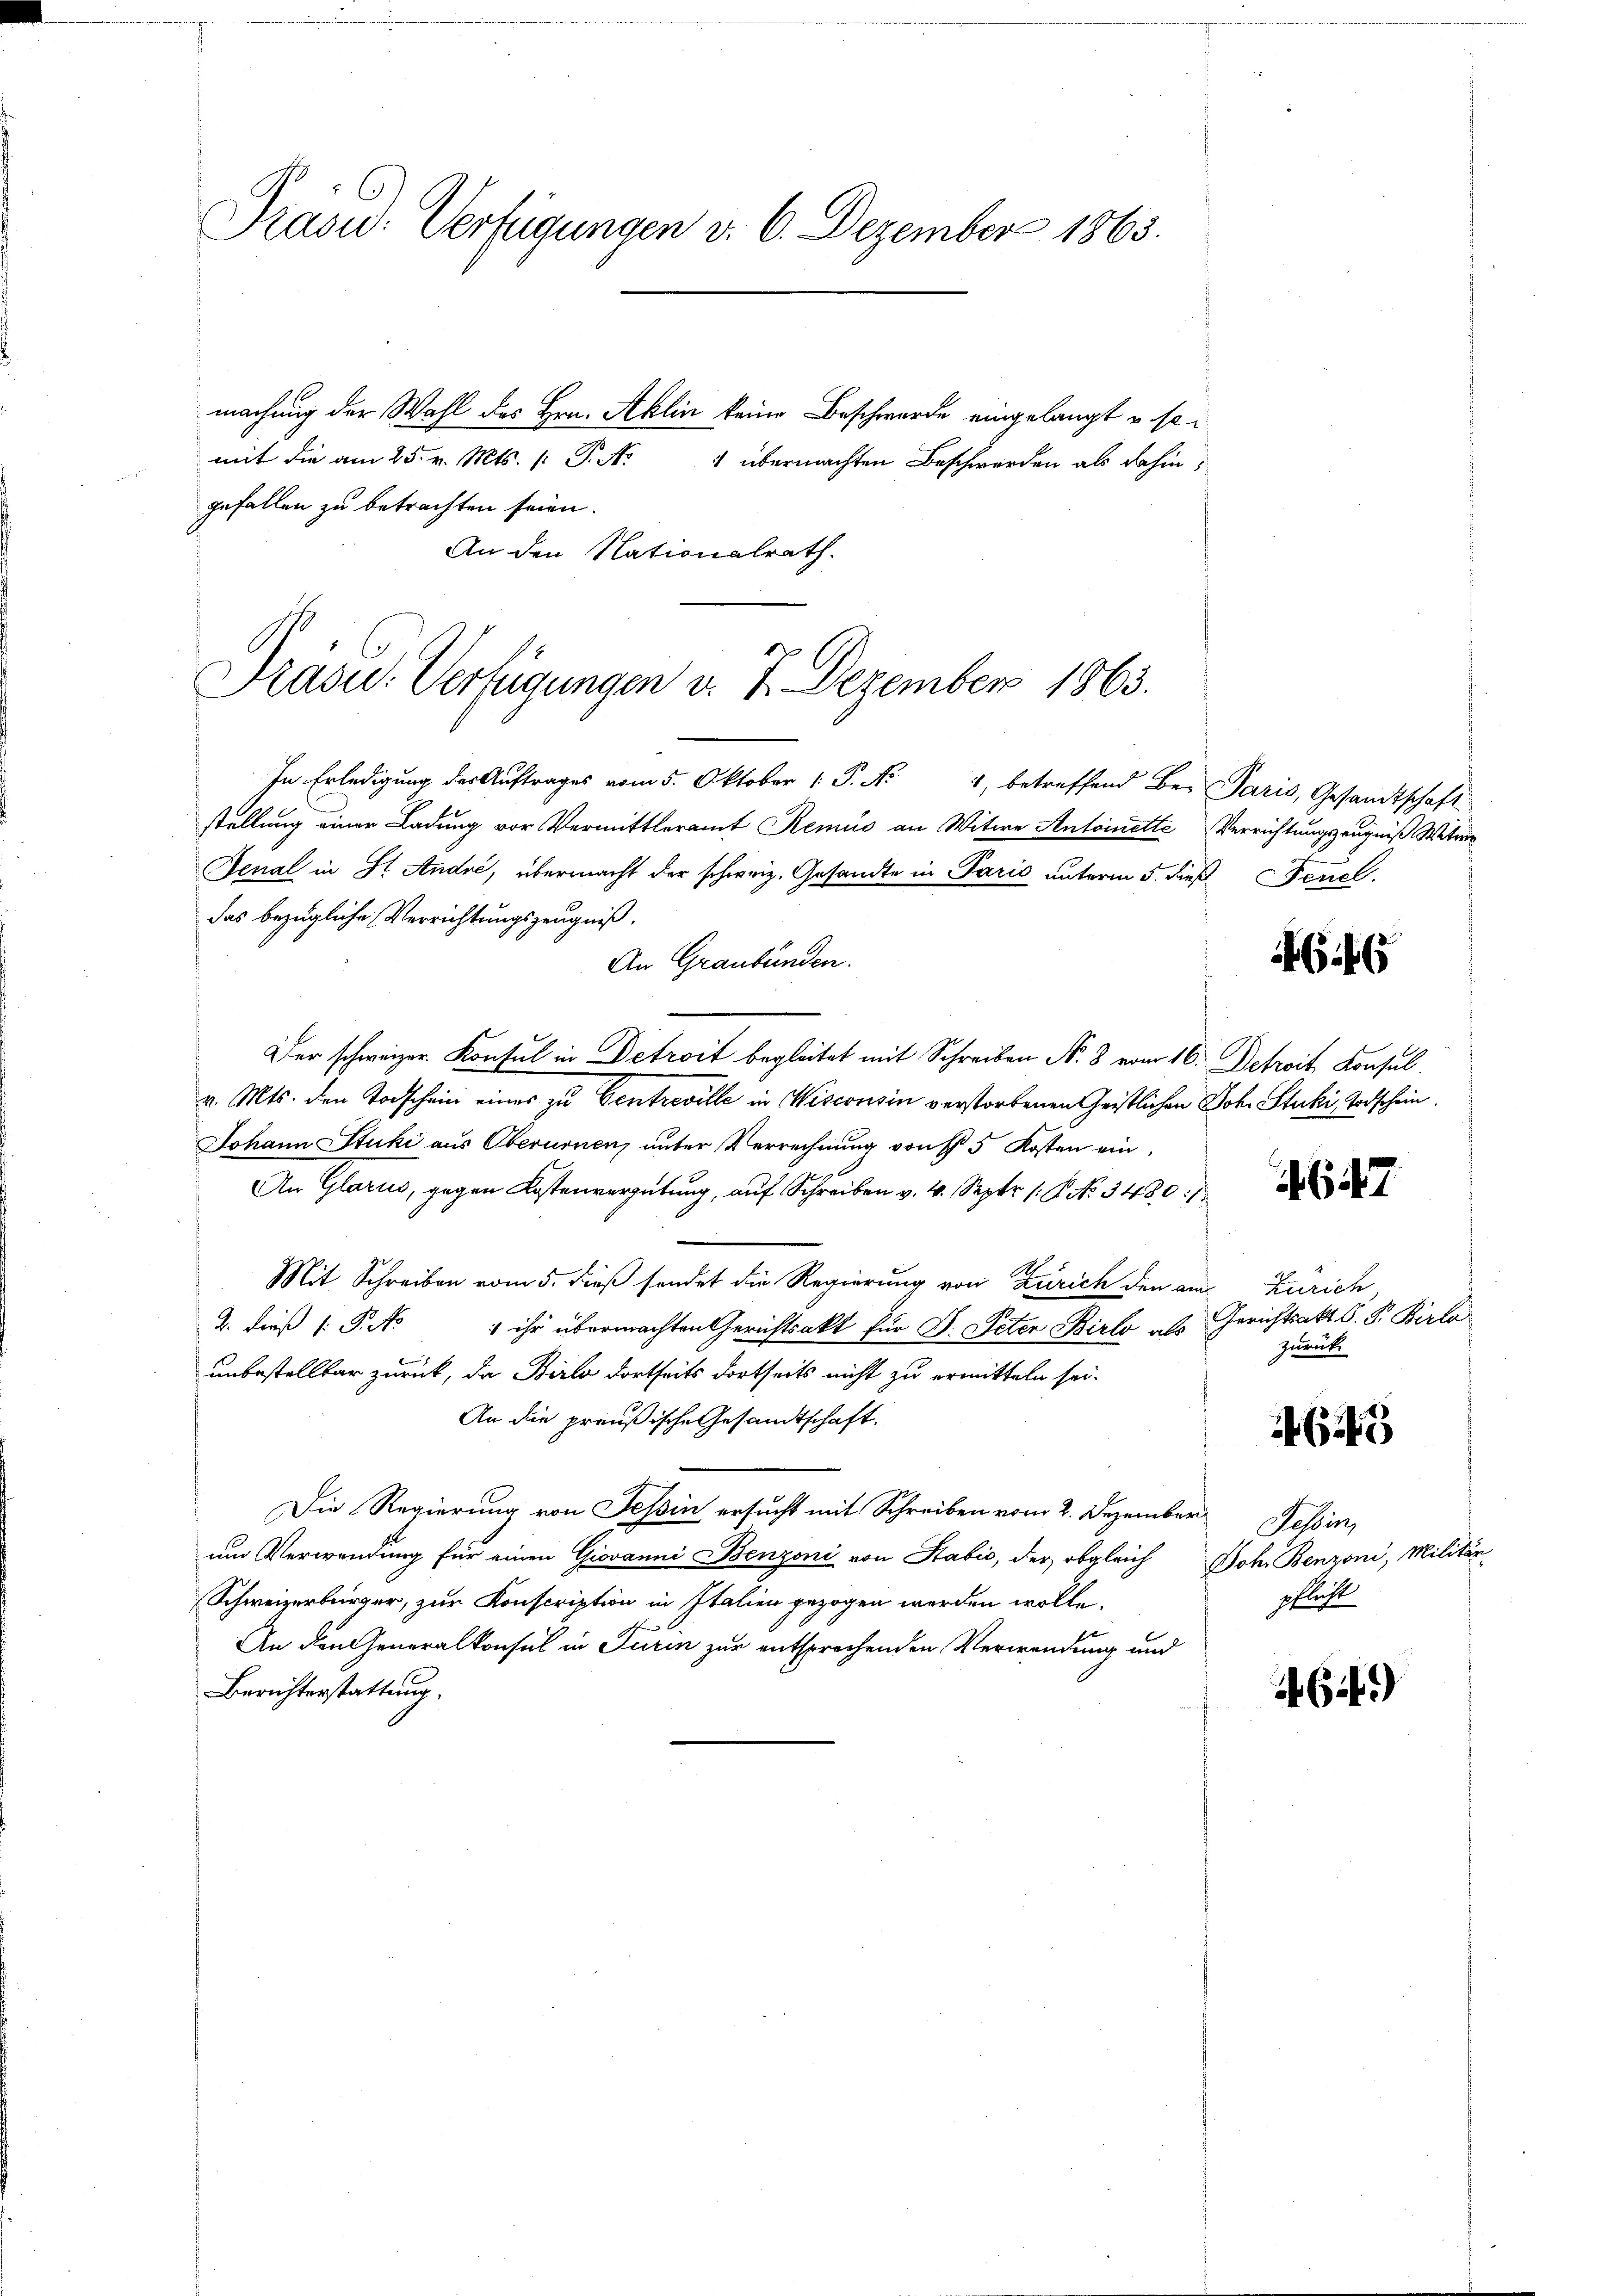
Präsid. Verfügungen v. 6. Dezember 1863.

Präsid. Verfügungen v. 7. Dezember 1863.

machung der Wahl des Hrn. Aklin keine Beschwerde eingelangt u. so
mit die am 25. v. Mts. p. P. Nr. 1 übermachten Beschwerden als dahin:
gefallen zu betrachten seien.
An den Nationalrath.
In Erledigung der Auftrages vom 5. Oktober 1 P. Nr. 4, betreffend Be- Paris, Gesandtschaft
stellung einer Ladung vor Vermittleramt Remis an Witwe Antoinette Verrichtungszeugniß Witwe
Fenal in St. Andre, übermacht der schweiz. Gesandte in Paris unterm 5. dieß Feuel.
das bezügliche Verrichtungszeugniß.
An Graubünden.
Der schweizer. Konsul in Detroit begleitet mit Schreiben N. 3 vom 16. Detroit, Konsul
v. Mts. den Todschein eines zu Centreville in Wisconsin verstorbenen Geistlichen Joh. Stucki, Todschein
Johann Stuki aus Oberurnen, unter Verrechnung von 5 Kosten ein¬
An Glarus, gegen Kostenvergütung, auf Schreiben v. 4. Sept. 16. No. 3480. 1
Mit Schreiben vom 5. dieß sendet die Regierung von Zürich den am Zürich,
2. dieß (: P. No 1 ihr übermachten Gerichtsakt für J. Peter Birlo als Gerichtsakt. S. P. Birla
unbestelltar zurück, da Birlo dortseits dortseits nicht zu ermitteln sei.
An die preußische Gesandtschaft.
Die Regierung von Tessin ersucht mit Schreiben vom 2. Dezember Tessin,
um Verwendung für einen Giovanni Benzoni von Sabić, der obgleich Joh. Benzoni, Militär
Schweizerbürger, zur Konscription in Italien gezogen werden wolle.
An den Generalkonsul in Turin zur entsprechenden Verwendung und
Berichterstattung.

G146

647

zurück

63

pflicht

if